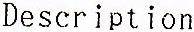
DESCRIPTION